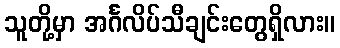
သူတို့မှာ အင်္ဂလိပ်သီချင်းတွေရှိလား။